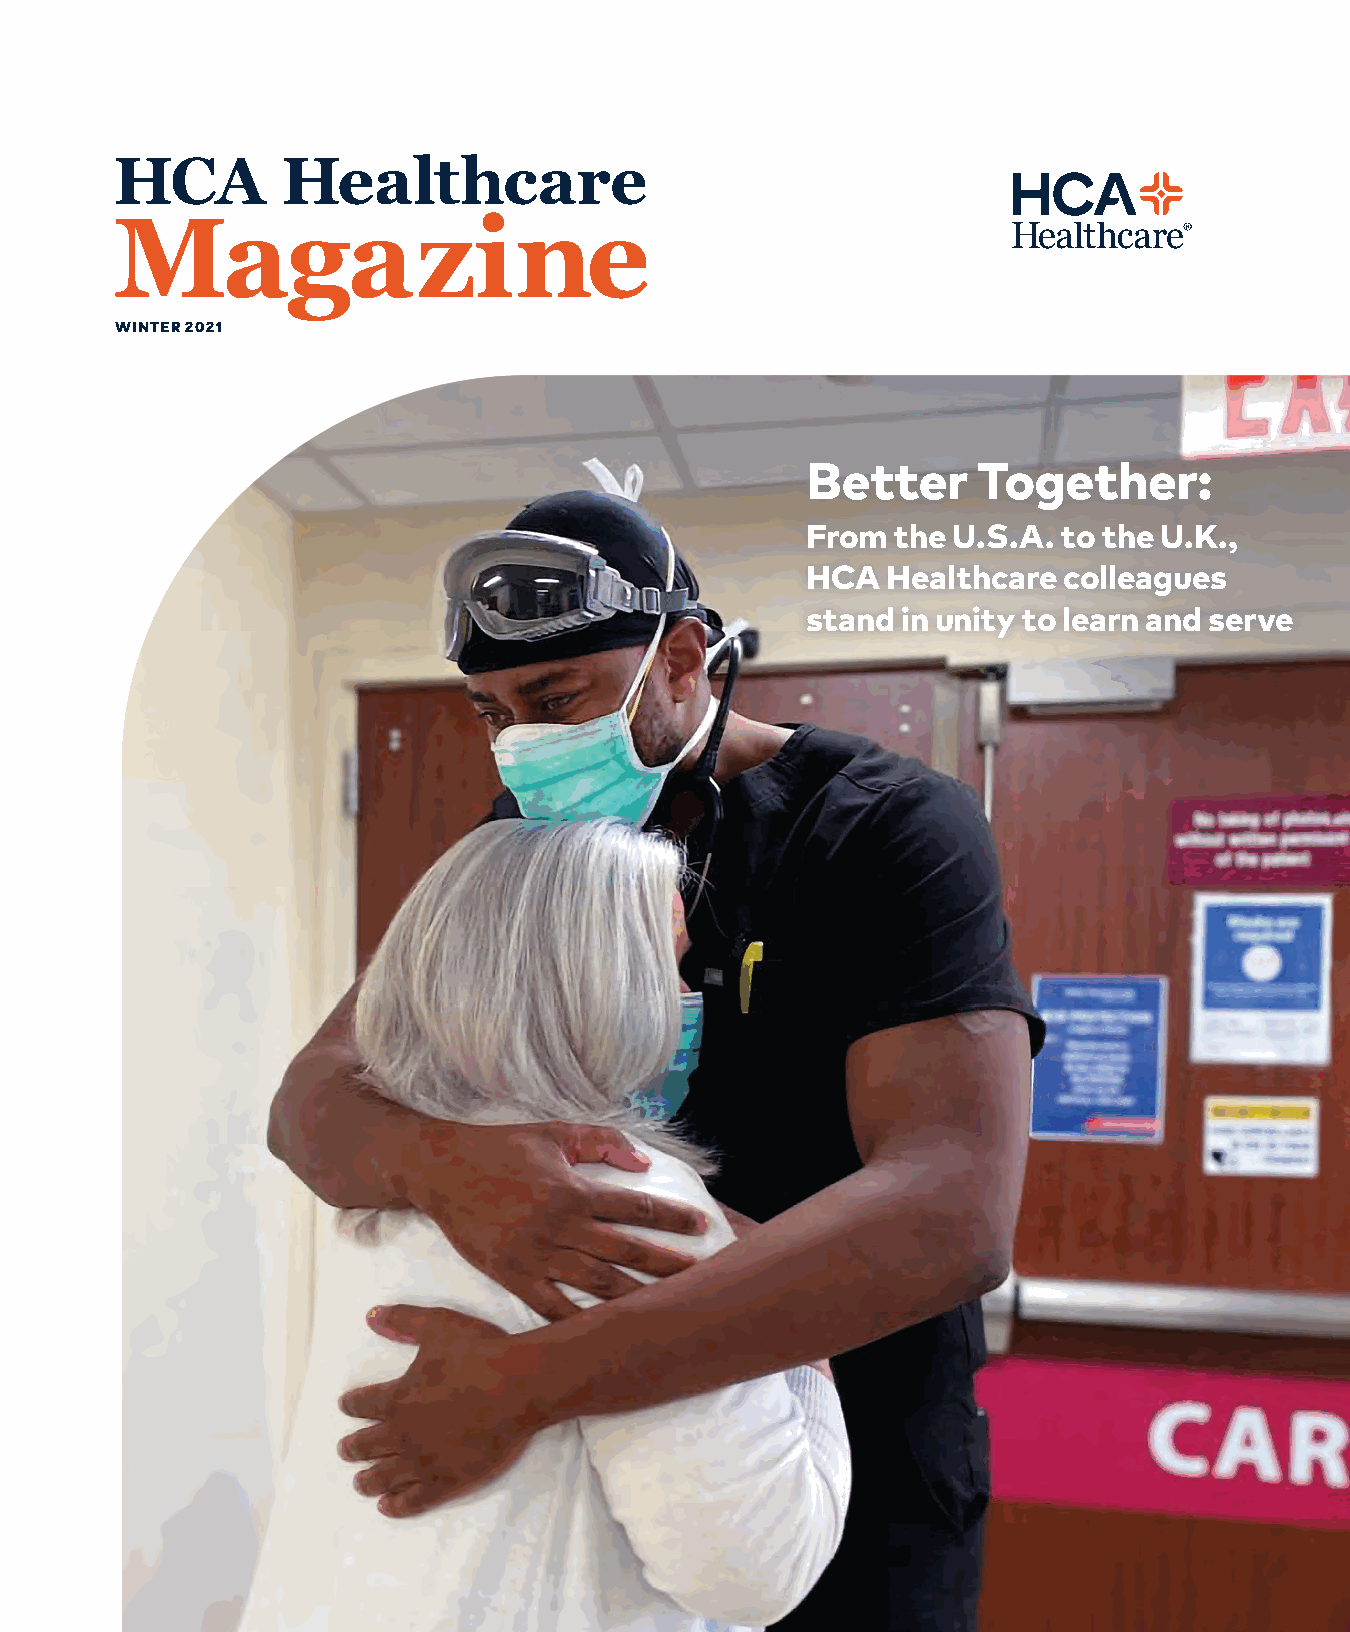
HCA        Healthcare
 Magazine
 WINTER 2021
 Better      Together:
 From  the U.S.A. to the U.K.,
 HCA   Healthcare colleagues
 stand  in unity to learn and serve
 HCA Healthcare Magazine | 1